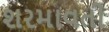
શરમાવતી